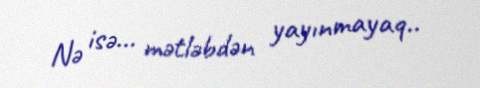
Nə isə... mətləbdən yayınmayaq..